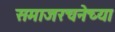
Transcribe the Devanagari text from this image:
समाजरचनेच्या